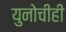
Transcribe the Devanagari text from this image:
युनोचीही